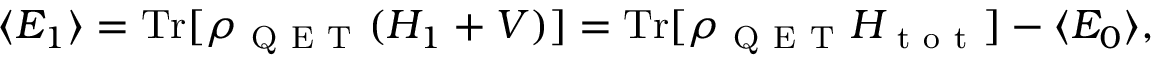
\langle E _ { 1 } \rangle = \mathrm { T r } [ \rho _ { \mathrm { ~ Q ~ E ~ T ~ } } ( H _ { 1 } + V ) ] = \mathrm { T r } [ \rho _ { \mathrm { ~ Q ~ E ~ T ~ } } H _ { \mathrm { ~ t ~ o ~ t ~ } } ] - \langle E _ { 0 } \rangle ,